Plague in India, 1896, 1897 - Volume 2
Year: 1896
Disease focus: Plague
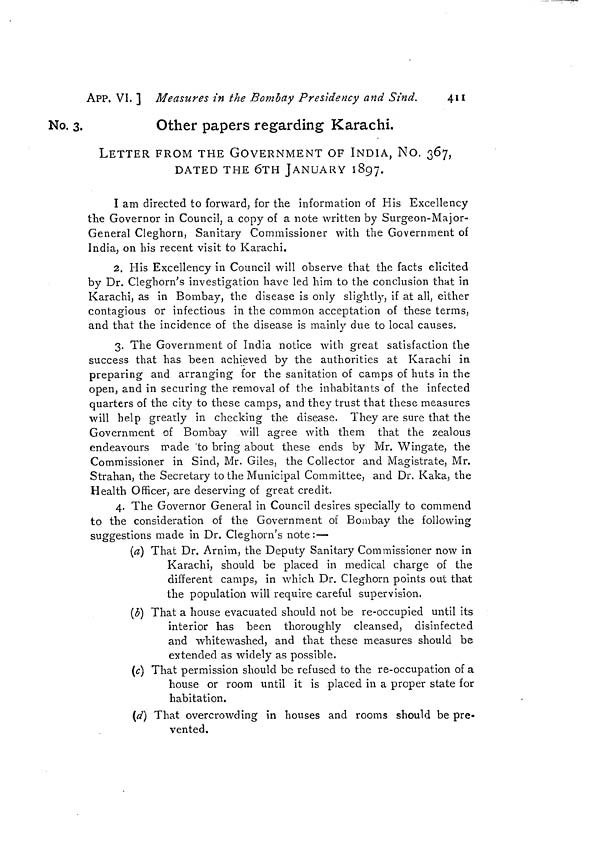
411
APP. VI. ] Measures in the Bombay Presidency and Sind.
No. 3.
Other papers regarding Karachi.
LETTER FROM THE GOVERNMENT OF INDIA, No. 367,
DATED THE 6TH JANUARY 1897.
I am directed to forward, for the information of His Excellency
the Governor in Council, a copy of a note written by Surgeon-Major-
General Cleghorn, Sanitary Commissioner with the Government of
India, on his recent visit to Karachi.
2. His Excellency in Council will observe that the facts elicited
by Dr. Cleghorn's investigation have led him to the conclusion that in
Karachi, as in Bombay, the disease is only slightly, if at all, either
contagious or infectious in the common acceptation of these terms,
and that the incidence of the disease is mainly due to local causes.
3. The Government of India notice with great satisfaction the
success that has been achieved by the authorities at Karachi in
preparing and arranging for the sanitation of camps of huts in the
open, and in securing the removal of the inhabitants of the infected
quarters of the city to these camps, and they trust that these measures
will help greatly in checking the disease. They are sure that the
Government of Bombay will agree with them that the zealous
endeavours made 'to bring about these ends by Mr. Wingate, the
Commissioner in Sind, Mr. Giles, the Collector and Magistrate, Mr.
Strahan, the Secretary to the Municipal Committee, and Dr. Kaka, the
Health Officer, are deserving of great credit.
4. The Governor General in Council desires specially to commend
to the consideration of the Government of Bombay the following
suggestions made in Dr. Cleghorn's note :—
(a) That Dr. Arnim, the Deputy Sanitary Commissioner now in
Karachi, should be placed in medical charge of the
different camps, in which Dr. Cleghorn points out that
the population will require careful supervision.
(b) That a house evacuated should not be re-occupied until its
interior has been thoroughly cleansed, disinfected
and whitewashed, and that these measures should be
extended as widely as possible.
(c) That permission should be refused to the re-occupation of a
house or room until it is placed in a proper state for
habitation.
(d) That overcrowding in houses and rooms should be pre-
vented.